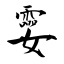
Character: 孁